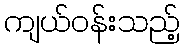
ကျယ်ဝန်းသည့်